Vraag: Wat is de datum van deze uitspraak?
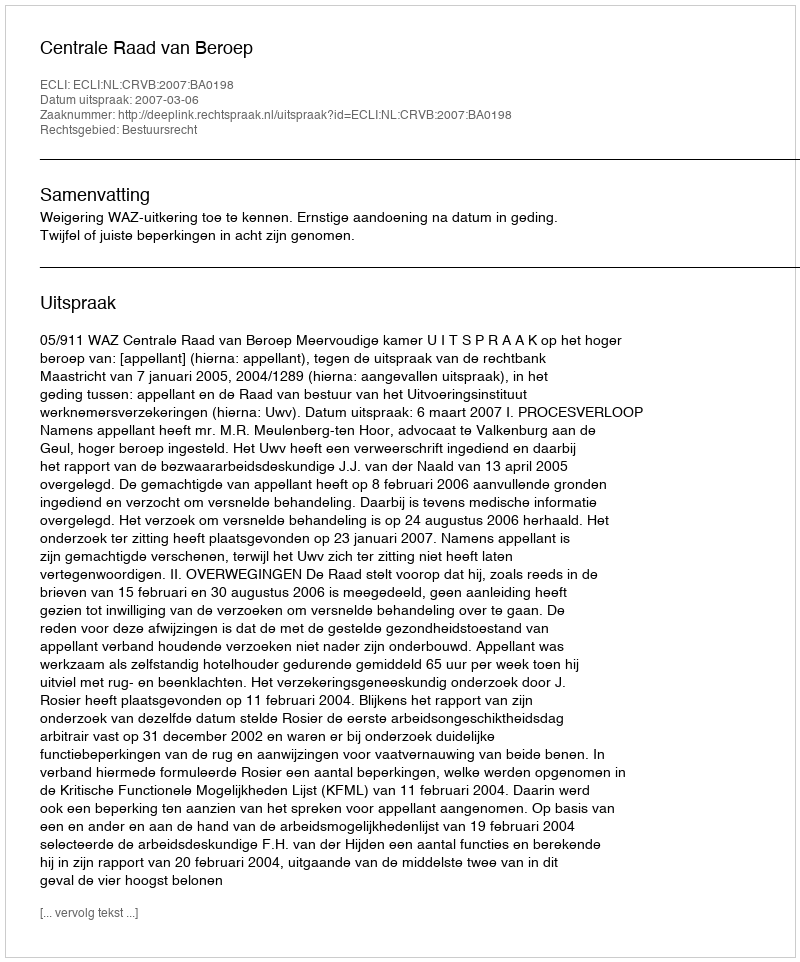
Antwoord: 2007-03-06